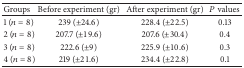
<table><thead><tr><td><b>Groups</b></td><td><b>Before experiment (gr)</b></td><td><b>After experiment (gr)</b></td><td><b><i>P</i> values</b></td></tr></thead><tbody><tr><td>1 (<i>n</i> = 8)</td><td>239 (±24.6)</td><td>228.4 (±22.5)</td><td>0.13</td></tr><tr><td>2 (<i>n</i> = 8)</td><td>207.7 (±19.6)</td><td>207.6 (±30.4)</td><td>0.4</td></tr><tr><td>3 (<i>n</i> = 8)</td><td>222.6 (±9)</td><td>225.9 (±10.6)</td><td>0.3</td></tr><tr><td>4 (<i>n</i> = 8)</td><td>219 (±21.6)</td><td>234.4 (±22.8)</td><td>0.1</td></tr></tbody></table>